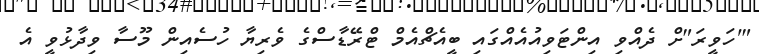
"'ހަވީރަ"ށް ދެއްވި އިންޓަވިއުއެއްގައި ބީއެޗްއެމް ޓްރޭޑާސްގެ ވެރިޔާ ހުސެއިން މޫސާ ވިދާޅުވީ އެ